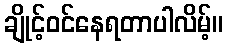
ချိုင့်ဝင်နေရတာပါလိမ့်။